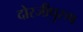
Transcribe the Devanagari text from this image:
दोरजीपुरुष